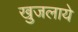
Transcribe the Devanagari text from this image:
खुजलाये